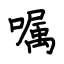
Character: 嘱